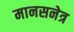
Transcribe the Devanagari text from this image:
मानसनेत्र